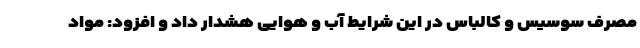
مصرف سوسیس و کالباس در این شرایط آب و هوایی هشدار داد و افزود: مواد